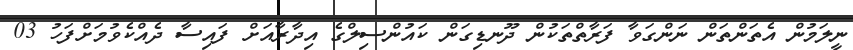
ނީލަމުން އެތަންތަން ނަންގަވާ ފަރާތްތަކުން ދޫނޑިގަން ކައުންސިލްގެ އިދާރާއަށް ފައިސާ ދެއްކެވުމަށްފަހު 03